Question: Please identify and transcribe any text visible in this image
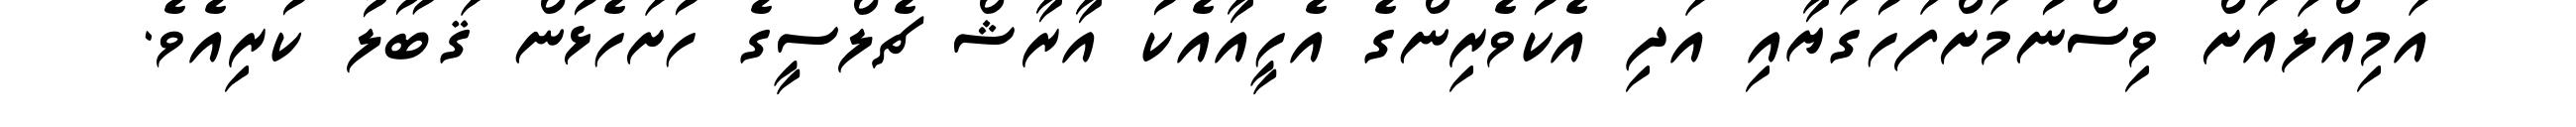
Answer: އަމިއްލައަށް ވިސްނުމަށްފަހުގަޔާއި އަދި އެކުވެރިންގެ އެހީއާއެކު އާރާޝް ޗެލްސީގެ ހުށަހެޅުން ޤަބޫލު ކުރިއެވެ.